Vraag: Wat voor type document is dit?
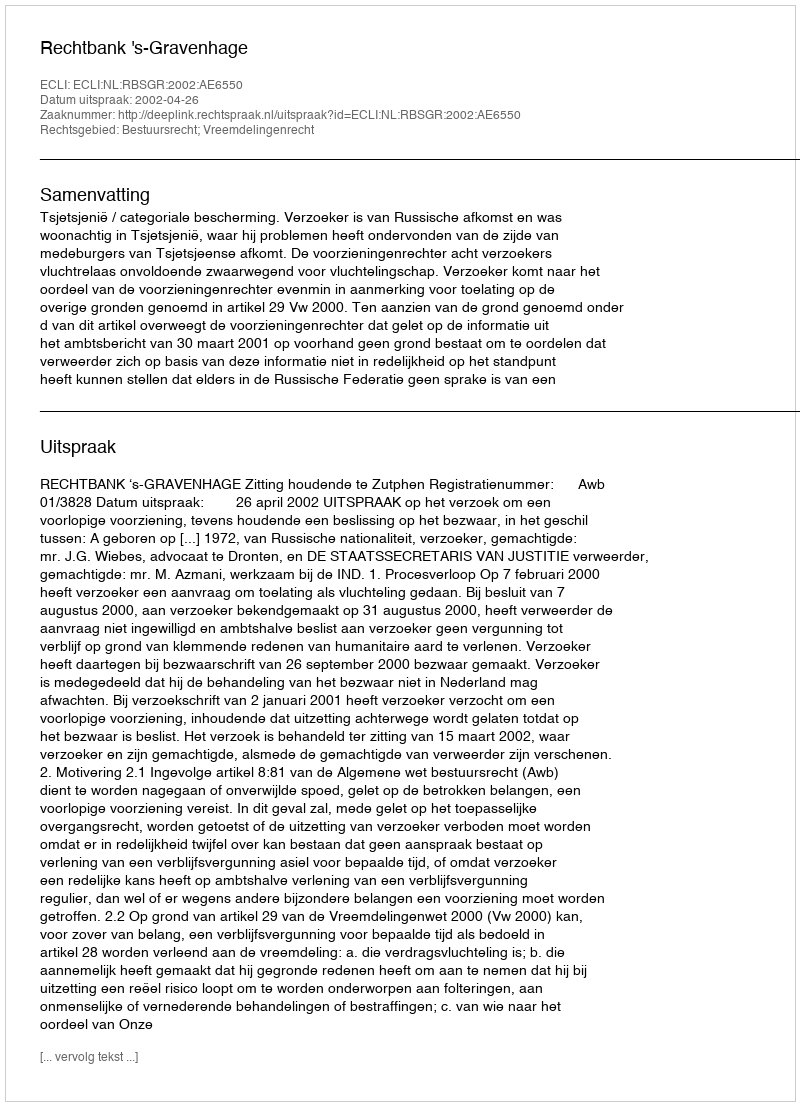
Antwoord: Uitspraak